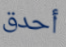
أحدق